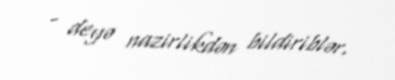
- deyə nazirlikdən bildiriblər.